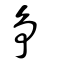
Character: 争